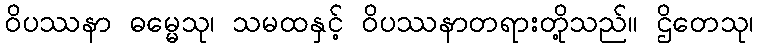
ဝိပဿနာ ဓမ္မေသု၊ သမထနှင့် ဝိပဿနာတရားတို့သည်။ ဌိတေသု၊